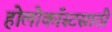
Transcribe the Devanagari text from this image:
होलोकॉस्टसाठी